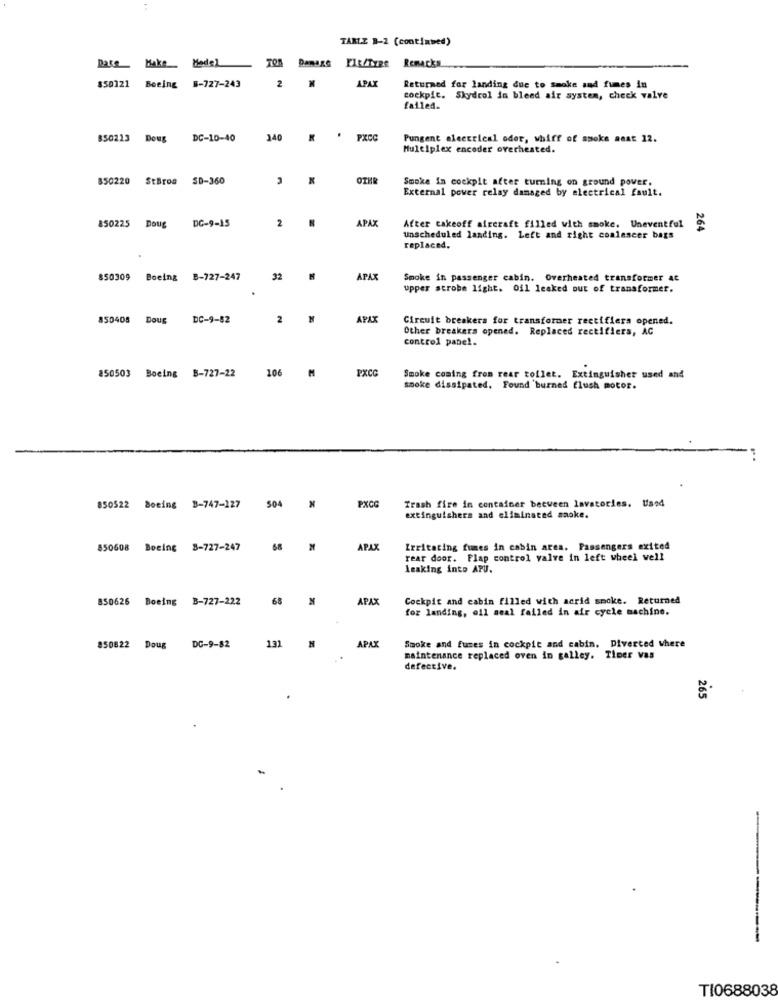
TARTE B-2 (continued)
Date Hake_ Hedel
Damage
FIR/Type Remacks
APAT
$50121 Boeing 8-727-243
2
Returned for landing due to Smoke and fumes in
cockpit. Skydrol in bleed air system, check valve
failed_
850213 Dows
DC-10-40
340
PXCC
Pungent electrical oder, whiff of smoke anat 12.
Multiplex encoder overheated.
850220 StBros SD-360
OTHR
Smoke In cockpit after turning on ground pover.
External power relay damaged by electrical fault.
2.
APAX
After takeoff aircraft filled with smoke. Uneventful
850225 Doug
DC-9-15
264
unscheduled landing. Left and right coalescer bags
replaced.
850309 Boeing B-727-247
32
PAX
Smoke in passenger cabin. Overheated transformer ac
upper strobe light. Oil leaked out of transformer.
850408 Doug
DC-9-82
2
APAT
Circuit breakers for transformer rectifiers opened.
Other breakers opened. Replaced rectifiers, AC
control panel.
106
PXCG
850503 Boeing B-727-22
Smoke coming from rear toilet. Extinguisher used and
smoke dissipated. Found 'burned flush motor.
PXCG
850522 Boeing 3-747-127
504
Trash fire in container between lavatories. Used
extinguishers and eliminated saoke.
850608 Boeing 8-727-247
68
APA
Irritating fumes in cabin area. Passengers exited
rear door. Flap control valve in left wheel well
leaking into APU.
850626 Boeing B-727-222
68
APAX
Cockpit and cabin filled with acrid smoke. Returned
for landing, oil seal failed in air cycle machine.
131
850822
DC-9-82
APAX
Smoke and fumes in cockpit and cabin. Diverted where
maintenance replaced oven in galley. Timer vas
defective.
265
TI0688038